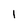
Character: 1